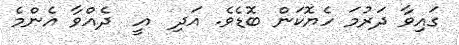
ގައިވާ ދަރުމަ ހެޔޮކަން ބޮޑެވެ. އަދި  އީ  ދެއްވާ އެންމެ